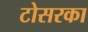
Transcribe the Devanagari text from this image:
टोसरका